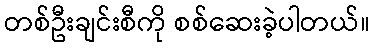
တစ်ဦးချင်းစီကို စစ်ဆေးခဲ့ပါတယ်။